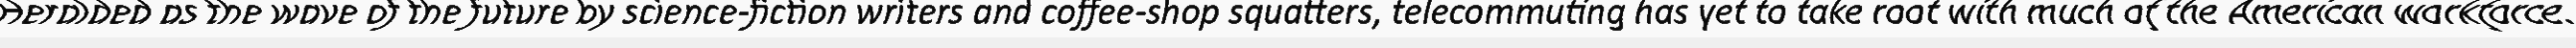
"Heralded as the wave of the future by science-fiction writers and coffee-shop squatters, telecommuting has yet to take root with much of the American workforce."